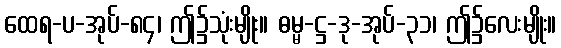
ထေရ-ပ-အုပ်-၈၄၊ ဤ၌သုံးမျိုး။ ဓမ္မ-ဋ္ဌ-ဒု-အုပ်-၃၁၊ ဤ၌လေးမျိုး။